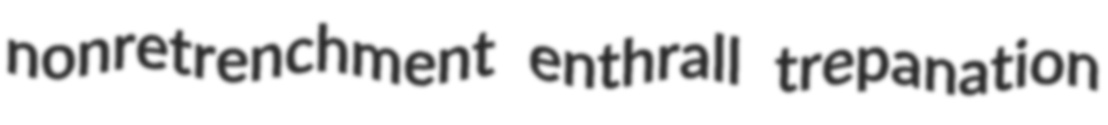
nonretrenchment enthrall trepanation